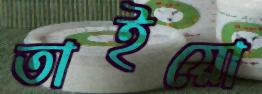
তাইয়ো